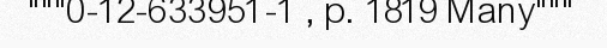
"""0-12-633951-1 , p. 1819 Many"""